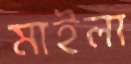
মাইলা